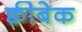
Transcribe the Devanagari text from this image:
क्वीबेक